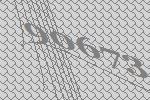
90673